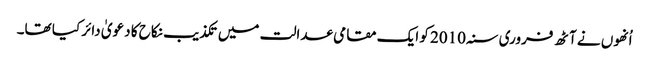
اُنھوں نے آٹھ فروری سنہ 2010 کو ایک مقامی عدالت میں تکذیب نکاح کا دعویٰ دائر کیا تھا۔